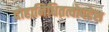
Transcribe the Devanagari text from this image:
दोहानिधितत्वोपदेश